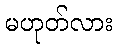
မဟုတ်လား